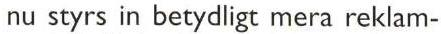
nu styrs in betydligt mera reklam-